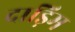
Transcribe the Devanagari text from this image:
दाड़िम